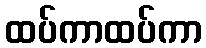
ထပ်ကာထပ်ကာ